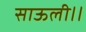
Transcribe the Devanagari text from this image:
साऊली।।